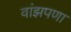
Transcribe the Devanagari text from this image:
वांझपणा